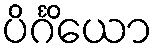
ပိင်္ဂိယော